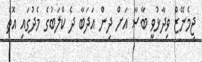
ޖިމެނޭޒް ވިދާޅުވީ ބާސާ އަށް ދިން އަދަބާ ދެ ކްލަބުގެ މެދުގައި އޮތް